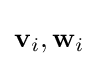
\mathbf {v} _{i},\mathbf {w} _{i}